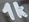
Text: 1K